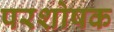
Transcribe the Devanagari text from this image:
परशोषक